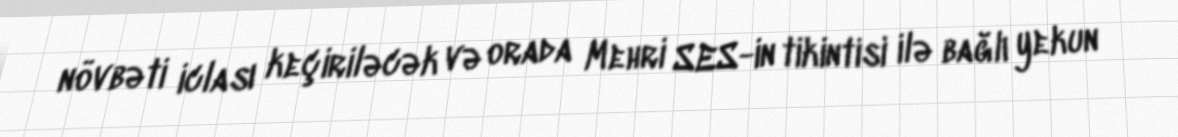
növbəti iclası keçiriləcək və orada Mehri SES-in tikintisi ilə bağlı yekun